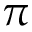
\pi